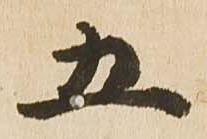
五